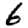
Digit: 6